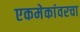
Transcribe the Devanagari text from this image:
एकमेकांवरचा